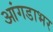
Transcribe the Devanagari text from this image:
आंगडाभर